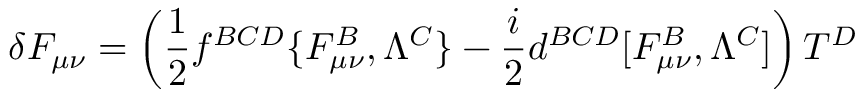
\delta F _ { \mu \nu } = \left( { \frac { 1 } { 2 } } f ^ { B C D } \{ F _ { \mu \nu } ^ { B } , \Lambda ^ { C } \} - { \frac { i } { 2 } } d ^ { B C D } [ F _ { \mu \nu } ^ { B } , \Lambda ^ { C } ] \right) T ^ { D }